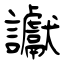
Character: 讞